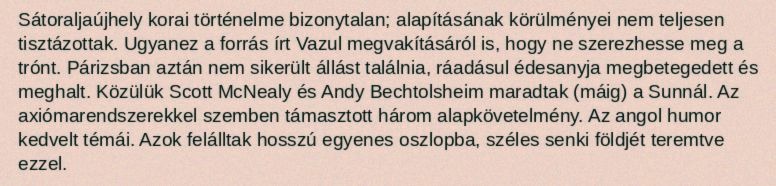
Sátoraljaújhely korai történelme bizonytalan; alapításának körülményei nem teljesen tisztázottak. Ugyanez a forrás írt Vazul megvakításáról is, hogy ne szerezhesse meg a trónt. Párizsban aztán nem sikerült állást találnia, ráadásul édesanyja megbetegedett és meghalt. Közülük Scott McNealy és Andy Bechtolsheim maradtak (máig) a Sunnál. Az axiómarendszerekkel szemben támasztott három alapkövetelmény. Az angol humor kedvelt témái. Azok felálltak hosszú egyenes oszlopba, széles senki földjét teremtve ezzel.